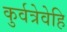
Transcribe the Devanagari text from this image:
कुर्वत्रेवेहि